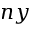
n y